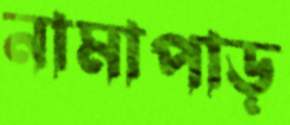
নামাপাড়